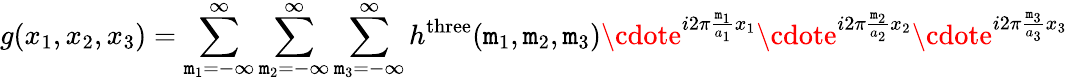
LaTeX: g(x_{1},x_{2},x_{3})=\sum_{\mathtt{m}_{1}=-\infty}^{\infty}\sum_{\mathtt{m}_{2}=-\infty}^{\infty}\sum_{\mathtt{m}_{3}=-\infty}^{\infty}h^{\mathrm{{three}}}(\mathtt{m}_{1},\mathtt{m}_{2},\mathtt{m}_{3})\cdote^{i2\pi{\frac{{\mathtt{m}_{1}}}{{a_{1}}}}x_{1}}\cdote^{i2\pi{\frac{{\mathtt{m}_{2}}}{{a_{2}}}}x_{2}}\cdote^{i2\pi{\frac{{\mathtt{m}_{3}}}{{a_{3}}}}x_{3}}